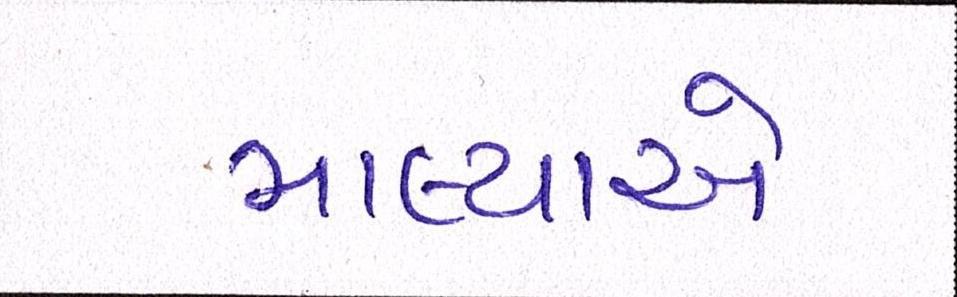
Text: માલ્યાએ